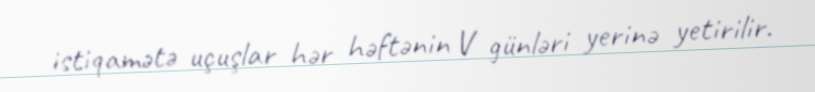
istiqamətə uçuşlar hər həftənin V günləri yerinə yetirilir.